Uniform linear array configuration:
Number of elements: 12
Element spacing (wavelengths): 0.5
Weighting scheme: hamming
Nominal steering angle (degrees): -45
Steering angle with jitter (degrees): -43.134
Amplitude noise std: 0.05
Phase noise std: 0.05

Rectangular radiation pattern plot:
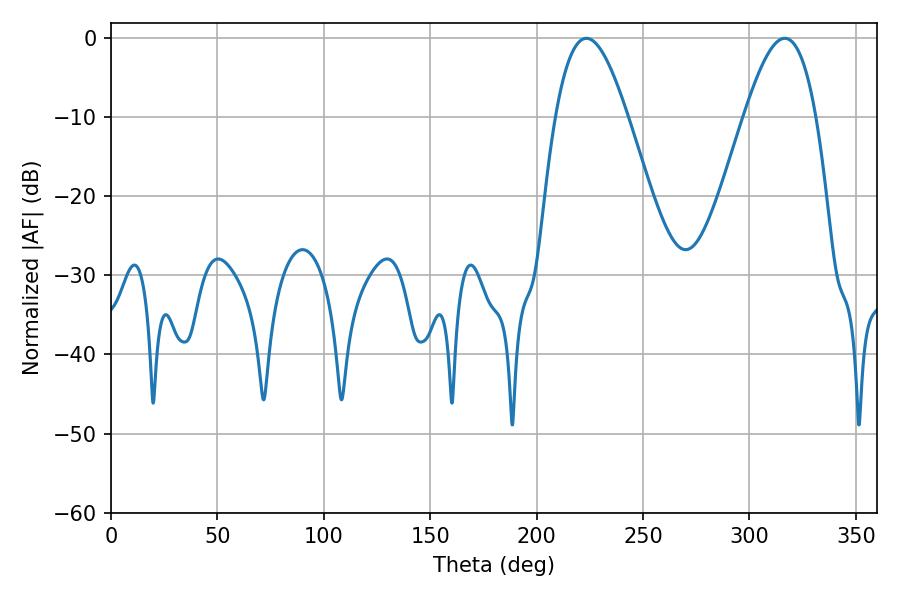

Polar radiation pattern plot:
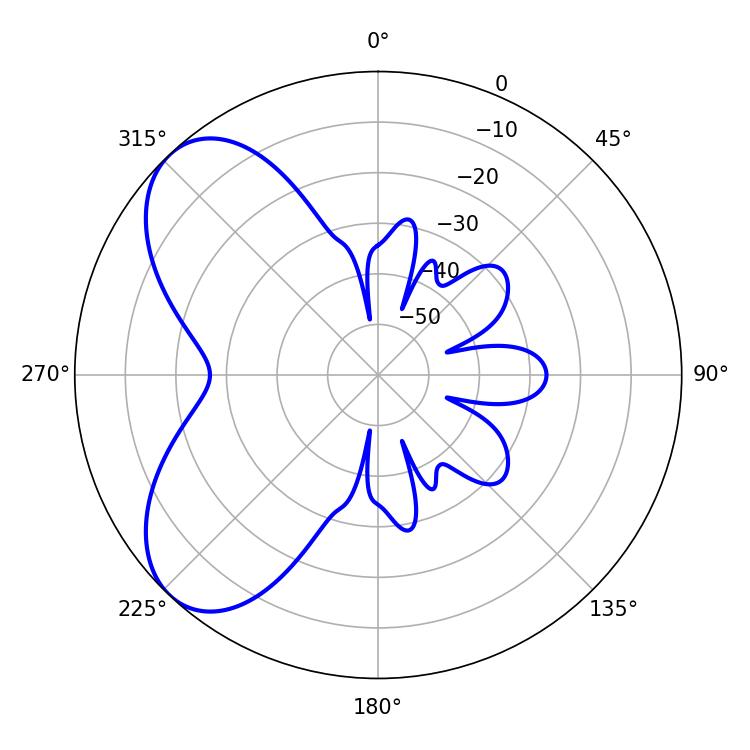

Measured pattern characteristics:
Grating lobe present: FALSE
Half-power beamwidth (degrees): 18.36
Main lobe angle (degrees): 316.62